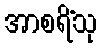
အာစရိံသု